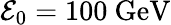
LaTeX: \mathcal{E}_{0}=100\ \mathrm{GeV}